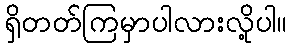
ရှိတတ်ကြမှာပါလားလို့ပါ။